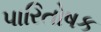
પારિતોષક